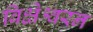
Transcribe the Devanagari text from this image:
बिक्षेश्वरन